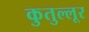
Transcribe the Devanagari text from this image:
कुतुल्लूर